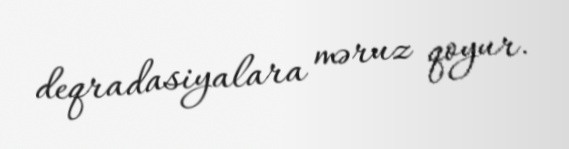
deqradasiyalara məruz qoyur.